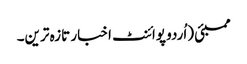
ممبئی (اُردو پوائنٹ اخبار تازہ ترین۔